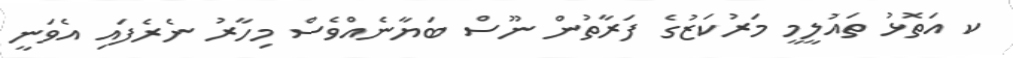
ކ އަތޮޅު ތައުލީމީ މަރުކަޒުގެ ފަރާތުން ނޫސް ބަޔާނެއްވެސް މިހާރު ނެރެފައި އެވަނީ